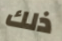
ذلك